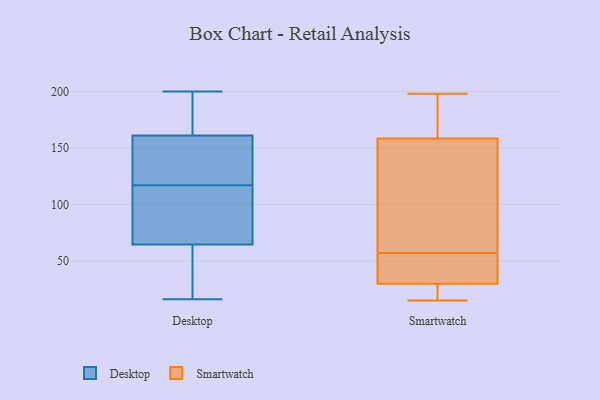
{"axis": {"x": "Temperature (°C)", "y": "Value"}, "legend": ["Desktop", "Smartwatch"], "data": [{"x": "", "y": 116, "type": "Desktop"}, {"x": "", "y": 188, "type": "Desktop"}, {"x": "", "y": 41, "type": "Desktop"}, {"x": "", "y": 200, "type": "Desktop"}, {"x": "", "y": 123, "type": "Desktop"}, {"x": "", "y": 57, "type": "Desktop"}, {"x": "", "y": 84, "type": "Desktop"}, {"x": "", "y": 40, "type": "Desktop"}, {"x": "", "y": 72, "type": "Desktop"}, {"x": "", "y": 118, "type": "Desktop"}, {"x": "", "y": 74, "type": "Desktop"}, {"x": "", "y": 158, "type": "Desktop"}, {"x": "", "y": 130, "type": "Desktop"}, {"x": "", "y": 44, "type": "Desktop"}, {"x": "", "y": 16, "type": "Desktop"}, {"x": "", "y": 164, "type": "Desktop"}, {"x": "", "y": 188, "type": "Desktop"}, {"x": "", "y": 145, "type": "Desktop"}, {"x": "", "y": 92, "type": "Desktop"}, {"x": "", "y": 194, "type": "Desktop"}, {"x": "", "y": 18, "type": "Smartwatch"}, {"x": "", "y": 186, "type": "Smartwatch"}, {"x": "", "y": 40, "type": "Smartwatch"}, {"x": "", "y": 125, "type": "Smartwatch"}, {"x": "", "y": 21, "type": "Smartwatch"}, {"x": "", "y": 42, "type": "Smartwatch"}, {"x": "", "y": 57, "type": "Smartwatch"}, {"x": "", "y": 52, "type": "Smartwatch"}, {"x": "", "y": 197, "type": "Smartwatch"}, {"x": "", "y": 136, "type": "Smartwatch"}, {"x": "", "y": 38, "type": "Smartwatch"}, {"x": "", "y": 198, "type": "Smartwatch"}, {"x": "", "y": 15, "type": "Smartwatch"}, {"x": "", "y": 82, "type": "Smartwatch"}, {"x": "", "y": 20, "type": "Smartwatch"}, {"x": "", "y": 166, "type": "Smartwatch"}, {"x": "", "y": 83, "type": "Smartwatch"}, {"x": "", "y": 27, "type": "Smartwatch"}, {"x": "", "y": 192, "type": "Smartwatch"}]}